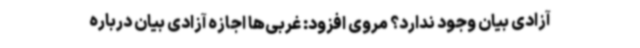
آزادی بیان وجود ندارد؟ مروی افزود: غربی‌ها اجازه آزادی بیان درباره